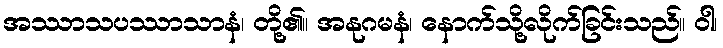
အဿာသပဿာသာနံ၊ တို့၏။ အနုဂမနံ၊ နောက်သို့လိုက်ခြင်းသည်။ ဝါ၊